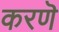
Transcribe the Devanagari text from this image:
करणॆ